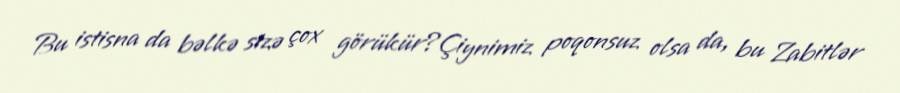
Bu istisna da bəlkə sizə çox görükür?Çiynimiz poqonsuz olsa da, bu Zabitlər